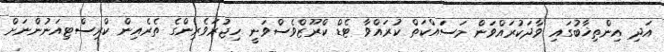
އަދި އިންތިޚާބުގައި ވާދަކުރައްވަން މަސައްކަތް ކުރައްވާ ޓެޑް ކްރޫޒްވެސްވަނީ ހިޖުރަވެރިންގެ ތެރެއިން ކްރިސްޓިއަނުންނަށް